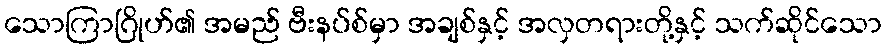
သောကြာဂြိုဟ်၏ အမည် ဗီးနပ်စ်မှာ အချစ်နှင့် အလှတရားတို့နှင့် သက်ဆိုင်သော